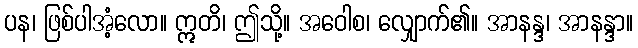
ပန၊ ဖြစ်ပါအံ့လော။ ဣတိ၊ ဤသို့။ အဝေါစ၊ လျှောက်၏။ အာနန္ဒ၊ အာနန္ဒာ။